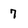
Character: 7